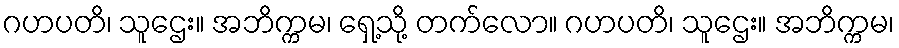
ဂဟပတိ၊ သူဌေး။ အဘိက္ကမ၊ ရှေ့သို့ တက်လော။ ဂဟပတိ၊ သူဌေး။ အဘိက္ကမ၊